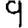
Digit: 9